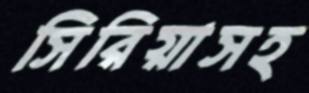
সিরিয়াসহ